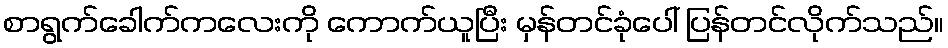
စာရွက်ခေါက်ကလေးကို ကောက်ယူပြီး မှန်တင်ခုံပေါ် ပြန်တင်လိုက်သည်။